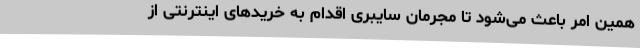
همین امر باعث می‌شود تا مجرمان سایبری اقدام به خریدهای اینترنتی از